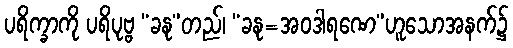
ပရိက္ခာကို ပရိပုဗ္ဗ “ခနု”တည်၊ “ခနု=အဝဒါရဏေ”ဟူသောအနက်၌